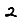
Digit: 2